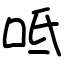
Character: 呧